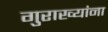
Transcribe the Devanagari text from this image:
गुराख्यांना